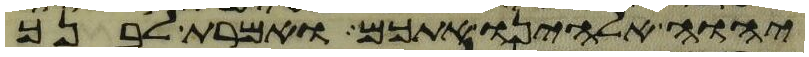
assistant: יהוה אלהינו אתכם ואמרת לבנך